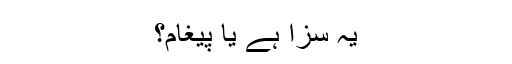
یہ سزا ہے یا پیغام؟